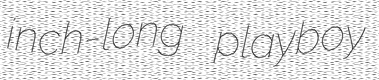
inch-long playboy